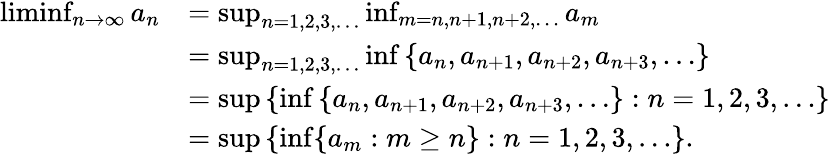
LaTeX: \begin{array}{rl}{\operatorname*{liminf}_{n\to\infty}a_{n}}&{=\operatorname*{sup}_{n=1,2,3,\ldots}\operatorname*{inf}_{m=n,n+1,n+2,\ldots}a_{m}}\\ &{=\operatorname*{sup}_{n=1,2,3,\ldots}\operatorname*{inf}\left\{ a_{n},a_{n+1},a_{n+2},a_{n+3},\ldots\right\} }\\ &{=\operatorname*{sup}\left\{ \operatorname*{inf}\left\{ a_{n},a_{n+1},a_{n+2},a_{n+3},\ldots\right\} :n=1,2,3,\ldots\right\} }\\ &{=\operatorname*{sup}\left\{ \operatorname*{inf}\{ a_{m}:m\ge n\} :n=1,2,3,\ldots\right\} .}\end{array}